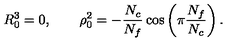
R _ { 0 } ^ { 3 } = 0 , \qquad \rho _ { 0 } ^ { 2 } = - \frac { N _ { c } } { N _ { f } } \cos \left( \pi \frac { N _ { f } } { N _ { c } } \right) .